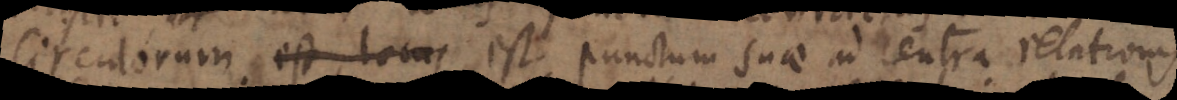
Circulorum est locus est punctum suae ad centra relationis